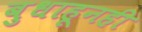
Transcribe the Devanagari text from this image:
बुधाहूनही